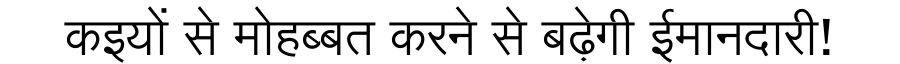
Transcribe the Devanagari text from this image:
कइयों से मोहब्बत करने से बढ़ेगी ईमानदारी!